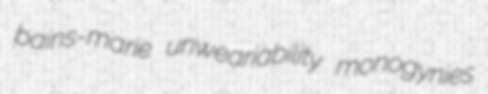
bains-marie unweariability monogynies